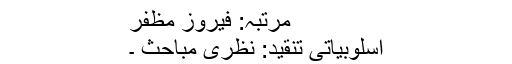
مرتبہ: فیروز مظفر
اسلوبیاتی تنقید: نظری مباحث ۔